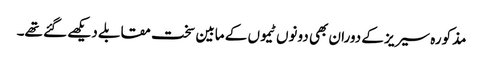
مذکورہ سیریز کے دوران بھی دونوں ٹیموں کے مابین سخت مقابلے دیکھے گئے تھے۔